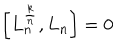
\left[ L _ { n } ^ { \frac { k } { n } } , L _ { n } \right] = 0